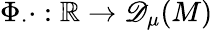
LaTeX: \Phi_{\cdot}\cdot:\mathbb{R}\to{\mathscr{D}_{\mu}(M)}